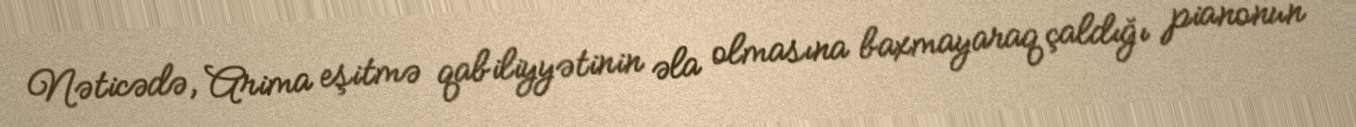
Nəticədə, Arima eşitmə qabiliyyətinin əla olmasına baxmayaraq çaldığı pianonun